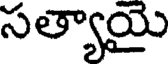
సత్యాయై